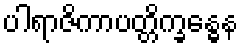
ပါရာဇိကာပတ္တိက္ခန္ဓေန